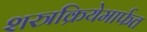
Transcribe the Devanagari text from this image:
शस्त्रक्रियेमार्फत